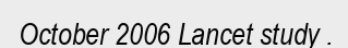
October 2006 Lancet study .